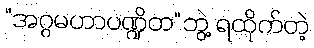
“အဂ္ဂမဟာပဏ္ဍိတ”ဘွဲ့ ရထိုက်တဲ့